Vaccination report Assam 1896-1927 - 1896-1927
Year: 1896
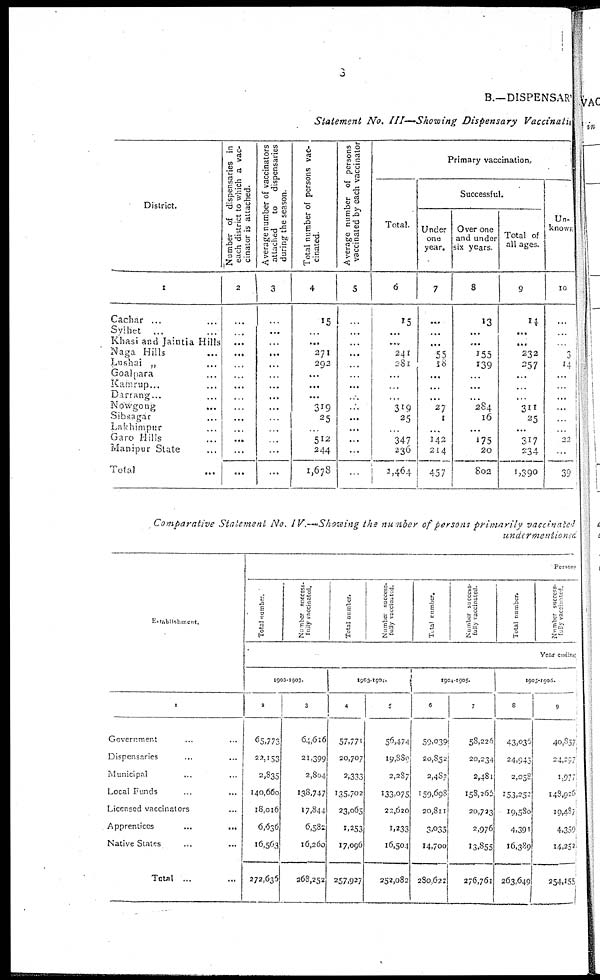
8
B.—DISPENSARY
Statement No. III—Showing Dispensary Vaccination
District.
1
Cachar ...
Sylhet
...
Khasi and Jaintia Hills
Naga Hills
Lushai „ ...
Goalpara ...
Kamrup...
Darrang...
Nowgong ...
Sibsagar ...
Lakhimpur ...
Garo Hills ...
Manipur State ...
Total
...
Number of dispensaries in
each district to which a vac-
cinator is attached.
2
...
...
...
...
...
...
...
...
...
...
...
...
...
...
Average number of vaccinators
attached
to
dispensaries
during the season.
3
...
...
...
...
...
...
...
...
...
...
...
...
...
...
Total number of persons vac-
cinated.
4
15
...
...
271
292
...
...
...
319
25
...
512
244
1,678
Average number of persons
vaccinated by each vaccinator
5
...
...
...
...
...
...
...
...
...
...
...
...
...
...
Primary vaccination.
Total.
6
15
...
...
241
281
...
...
...
319
25
...
347
236
1,464
Successful.
Under
one
year.
7
...
...
...
55
18
...
...
...
27
1
...
142
214
457
Over one
and under
six years.
8
13
...
...
155
139
...
...
...
284
16
...
175
20
802
Total of
all ages.
9
14
...
...
232
257
...
...
...
311
25
...
317
234
1,390
Un-
known
10
...
...
.
3
14
...
...
...
...
...
...
22
...
39
Comparative Statement No. IV.—Showing the number of persons primarily vaccinated
undermentioned
Establishment.
1
Government ... ...
Dispensaries ... ...
Municipal
... ...
Local Funds ... ...
Licensed vaccinators ...
Apprentices
...
...
Native States ... ...
Total ... ...
Persons
Total number.
Number success¬
fully vaccinated.
Total number.
Number success-
fully vaccinated.
Total number.
Number success
fully vaccinated.
Total number.
Number success
fully vaccinated
Year ending
1902-1903.
2
65,773
22,153
2,835
140,660
18,016
6,636
16,563
272,636
3
64,616
21,399
2,804
138,747
17,844
65,582
16,260
268,252
1903 1904.
4
57,771
20,707
2,333
135,702
23,065
1,253
17,096
257,927
5
56,474
19,889
2,287
133,075
22,620
1,233
16,504
252,082
1904-1905.
6
59,039
20,852
2,487
159,698
20,811
3,035
14,700
280,672
7
58,226
20,234
2,48l
158,266
20,723
2,976
13,855
276,761
1905-1906.
8
43,036
24,943
2,058
153,252
19,580
4,391
16,389
263,649
9
40,857
24,297
1,977
148,926
19,487
4,359
14,252
254,155